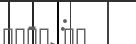
-  :